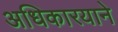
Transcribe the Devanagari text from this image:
अधिकारयाने